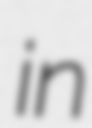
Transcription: in